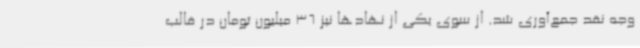
وجه نقد جمع‌آوری شد. از سوی یکی از نهادها نیز 36 میلیون تومان در قالب